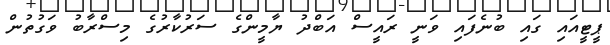
ޕީޓީއައި ގައި ބުނެފައި ވަނީ ރައީސް އަބްދު ޔާމީންގެ ސަރުކާރުގެ މިސްރާބު ވަގުތުން